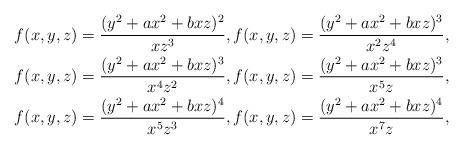
LaTeX: \begin{gather*}f(x,y,z)=\dfrac{(y^2+ax^2+bxz)^2}{xz^{3}},f(x,y,z)=\dfrac{(y^2+ax^2+bxz)^3}{x^2z^{4}},\\f(x,y,z)=\dfrac{(y^2+ax^2+bxz)^3}{x^{4}z^{2}},f(x,y,z)=\dfrac{(y^2+ax^2+bxz)^3}{x^{5}z},\\f(x,y,z)=\dfrac{(y^2+ax^2+bxz)^4}{x^{5}z^{3}},f(x,y,z)=\dfrac{(y^2+ax^2+bxz)^4}{x^{7}z},\end{gather*}